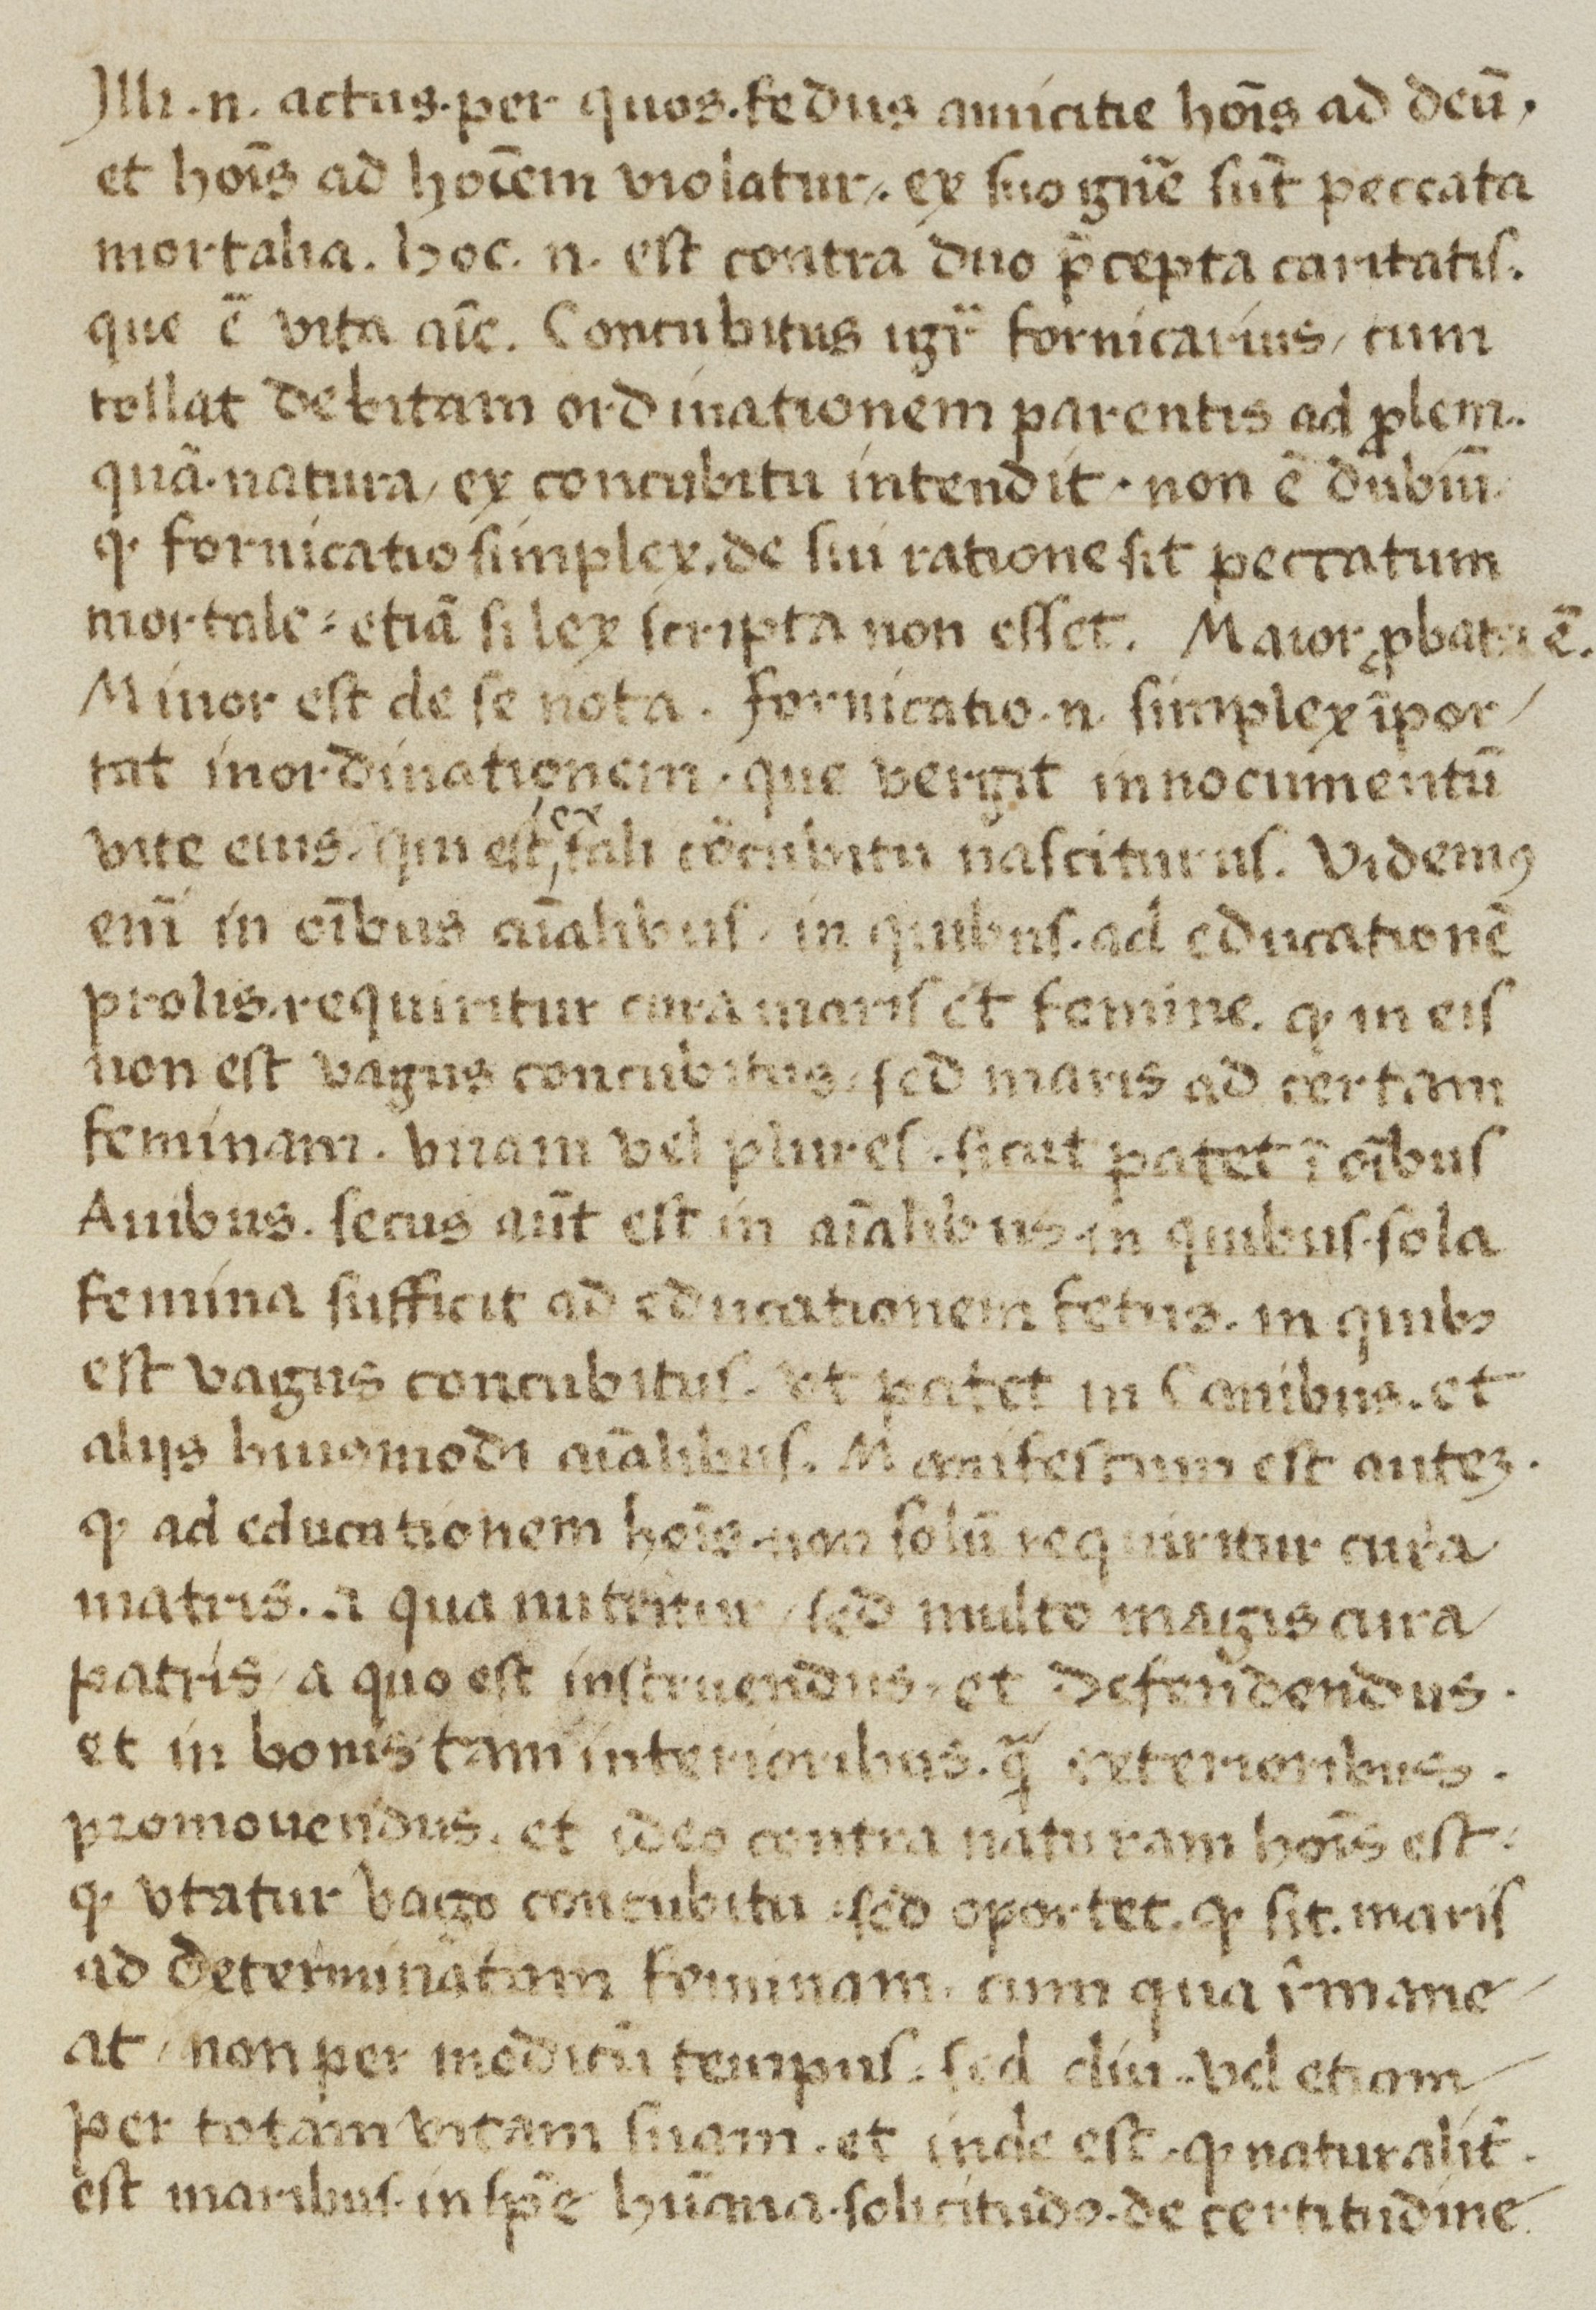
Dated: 1450–1499